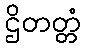
ဌိတတ္တံ